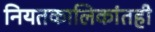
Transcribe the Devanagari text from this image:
नियतकालिकांतही